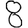
Digit: 8